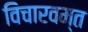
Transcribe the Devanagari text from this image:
विचारवम्त